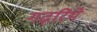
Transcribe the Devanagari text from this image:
गढ़रिये